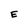
Character: E